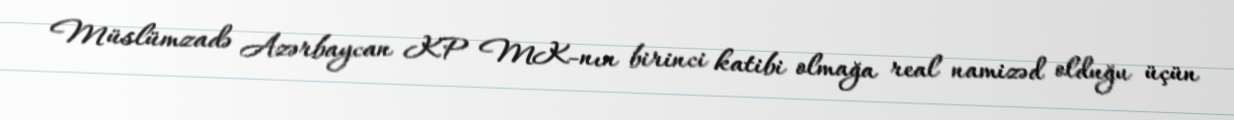
Müslümzadə Azərbaycan KP MK-nın birinci katibi olmağa real namizəd olduğu üçün